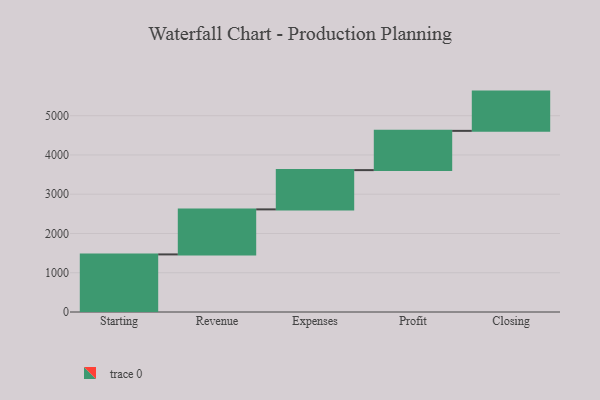
{"axis": {"x": "Step", "y": "Value"}, "legend": [""], "data": [{"x": "Starting", "y": 1467.0, "type": ""}, {"x": "Revenue", "y": 1147.0, "type": ""}, {"x": "Expenses", "y": 1000, "type": ""}, {"x": "Profit", "y": 1000, "type": ""}, {"x": "Closing", "y": 1000, "type": ""}]}